Civil Veterinary Department Bengal reports 1923-33 - 1923-1933
Year: 1923
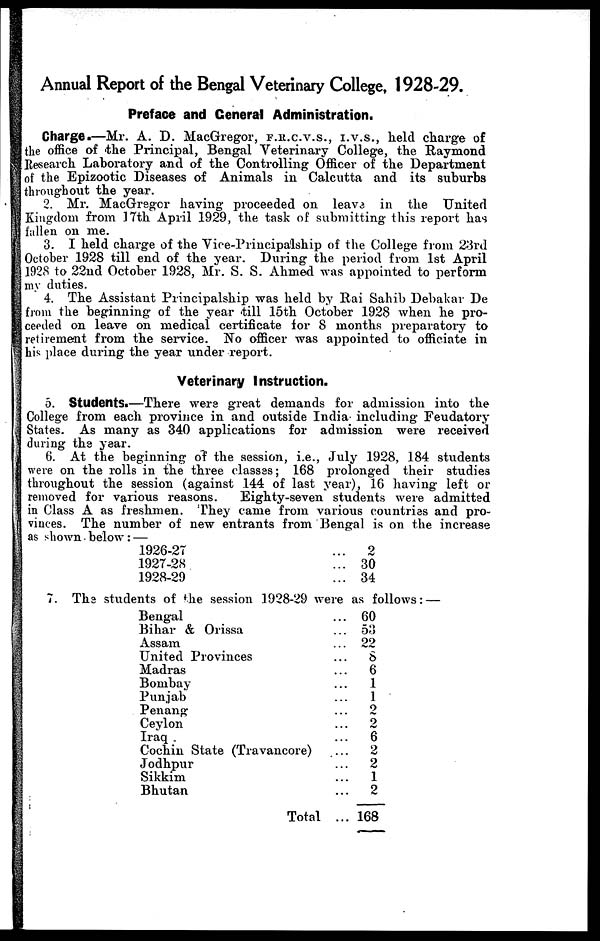
Annual Report of the Bengal Veterinary College, 1928-29.
Preface and General Administration.
Charge.—Mr. A. D. MacGregor, F.R.C.V.S., I.V.S., held charge of
the office of the Principal, Bengal Veterinary College, the Raymond
Research Laboratory and of the Controlling Officer of the Department
of the Epizootic Diseases of Animals in Calcutta and its suburbs
throughout the year.
2. Mr. MacGregor having proceeded on leave in the United
Kingdom from 17th April 1929, the task of submitting this report has
fallen on me.
3. I held charge of the Vice-Principalship of the College from 23rd
October 1928 till end of the year. During the period from 1st April
1928 to 22nd October 192S, Mr. S. S. Ahmed was appointed to perform
my duties.
4. The Assistant Principalship was held by Rai Sahib Debakar De
from the beginning of the year till 15th October 1928 when he pro-
ceeded on leave on medical certificate for 8 months preparatory to
retirement from the service. No officer was appointed to officiate in
his place during the year under report.
Veterinary Instruction.
5. Students.—There were great demands for admission into the
College from each province in and outside India including Feudatory
States. As many as 340 applications for admission were received
during the year.
6. At the beginning of the session, i.e., July 1928, 184 students
were on the rolls in the three classes; 168 prolonged their studies
throughout the session (against 144 of last year), 16 having left or
removed for various reasons.
Eighty-seven students were admitted
in Class A as freshmen. They came from various countries and pro-
vinces. The number of new entrants from Bengal is on the increase
as shown below: —
1926-27
1927-28
1928-29
... 2
... 30
... 34
7. The students of the session 1928-29 were as follows: —
Bengal
Bihar & Orissa
Assam
United Provinces
Madras
Bombay
Punjab
Penang
Ceylon
Iraq
Cochin State (Travancore)
Jodhpur
Sikkim
Bhutan
Total
... 60
... 53
... 22
... 8
...
6
...
1
... 1
... 2
... 2
...
6
... 2
... 2
...
1
...
2
... 168